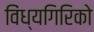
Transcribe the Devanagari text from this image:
विंध्यगिरिको